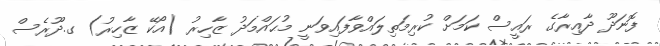
ފޮނަދޫ ދާއިރާގެ ރައީސް ކަމަށް ކުރިމަތިލައްވާފައިވަނީ މުޙައްމަދު ޒާހިރު (އޯކޭ ޒާހިރު) ގ.ދޫރެސް